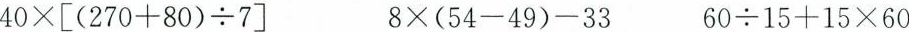
$$ 4 0 \times [ ( 2 7 0 + 8 0 ) \div 7 ]$$ $$ 8 \times ( 5 4 - 4 9 ) - 3 3$$ $$6 0 \div 1 5 + 1 5 \times 6 0$$